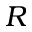
R